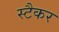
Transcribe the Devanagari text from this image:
स्टैकर